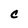
Character: e